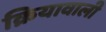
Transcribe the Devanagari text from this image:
क्रियावाली